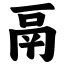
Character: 鬲